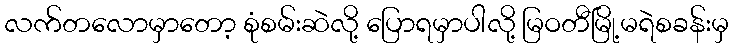
လက်တလောမှာတော့ စုံစမ်းဆဲလို့ ပြောရမှာပါလို့ မြဝတီမြို့မရဲစခန်းမှ